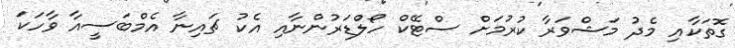
ގޮތަކާއި މެދު މަޝްވަރާ ކުރުމަށް ސްޓޭކް ހޯލްޑަރުންނާއި އެކު ޗައިނާ އެމްބަސީއާ ވާހަކަ